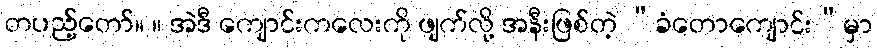
တပည့်တော်။ ။ အဲဒီ ကျောင်းကလေးကို ဖျက်လို့ အနီးဖြစ်တဲ့ “ခံတောကျောင်း”မှာ